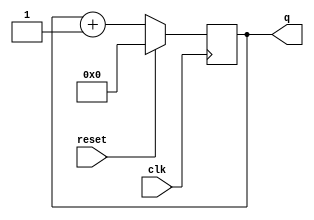
module top_module (
    input clk,
    input reset,      // Synchronous active-high reset
    output reg [3:0] q);

    always @(posedge clk) begin
        if(reset)
            q <= 4'b0;
        else
            q <= q + 4'b1;
    end

endmodule